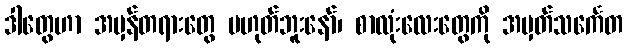
ဒါတွေဟာ အမှန်တရားတွေ မဟုတ်ဘူးနော်၊ စာလုံးလေးတွေကို အမှတ်သင်္ကေတ